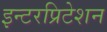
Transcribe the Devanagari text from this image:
इन्टरप्रिटेशन